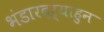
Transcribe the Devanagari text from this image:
भंडारदऱ्याहुन